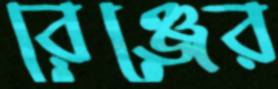
রেঞ্জের